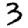
Digit: 3